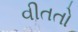
વીતતો